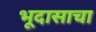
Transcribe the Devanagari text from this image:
भूदासाचा